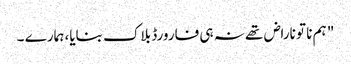
" ہم نا تو ناراض تھے نہ ہی فارورڈ بلاک بنایا، ہمارے ۔